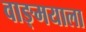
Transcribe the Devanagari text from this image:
वाङ्‌मयाला